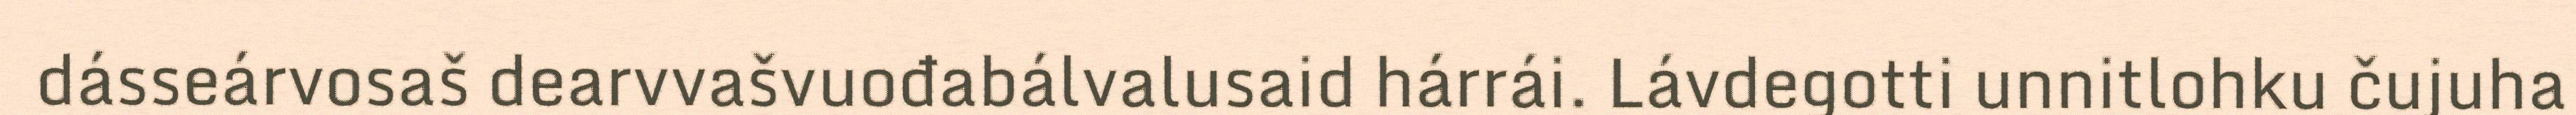
dásseárvosaš dearvvašvuođabálvalusaid hárrái. Lávdegotti unnitlohku čujuha